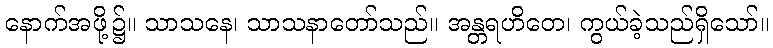
နောက်အဖို့၌။ သာသနေ၊ သာသနာတော်သည်။ အန္တရဟိတေ၊ ကွယ်ခဲ့သည်ရှိသော်။